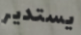
يستدير